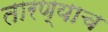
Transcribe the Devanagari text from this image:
तारण्याच